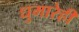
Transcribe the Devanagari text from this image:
धुमारेही